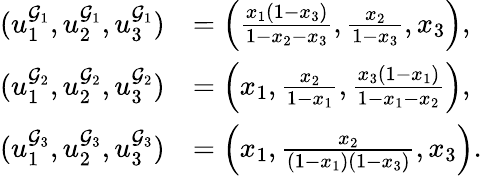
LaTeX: \begin{array}{rl}{(u_{1}^{\mathcal{G}_{1}},u_{2}^{\mathcal{G}_{1}},u_{3}^{\mathcal{G}_{1}})}&{=\left(\frac{x_{1}(1-x_{3})}{1-x_{2}-x_{3}},\frac{x_{2}}{1-x_{3}},x_{3}\right),}\\ {(u_{1}^{\mathcal{G}_{2}},u_{2}^{\mathcal{G}_{2}},u_{3}^{\mathcal{G}_{2}})}&{=\left(x_{1},\frac{x_{2}}{1-x_{1}},\frac{x_{3}(1-x_{1})}{1-x_{1}-x_{2}}\right),}\\ {(u_{1}^{\mathcal{G}_{3}},u_{2}^{\mathcal{G}_{3}},u_{3}^{\mathcal{G}_{3}})}&{=\left(x_{1},\frac{x_{2}}{(1-x_{1})(1-x_{3})},x_{3}\right).}\end{array}